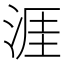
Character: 涯